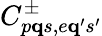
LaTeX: C_{p{\mathbf q}s,e{\mathbf q}^{\prime}s^{\prime}}^{\pm}